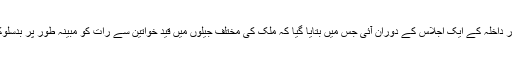
ان کی طرف سے یہ تجویز پاکستان کے ایوان بالا یعنی سینیٹ کی کمیٹی برائے امور داخلہ کے ایک اجلاس کے دوران آئی جس میں بتایا گیا کہ ملک کی مختلف جیلوں میں قید خواتین سے رات کو مبینہ طور پر بدسلوکی کی جاتی ہے یا اُنھیں غیر اخلاقی کاموں میں ملوث ہونے پر مجبور کیا جاتا ہے۔